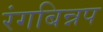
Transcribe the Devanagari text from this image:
रंगबिन्नप